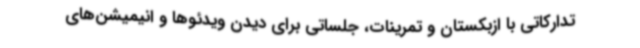
تدارکاتی با ازبکستان و تمرینات، جلساتی برای دیدن ویدئوها و انیمیشن‌های